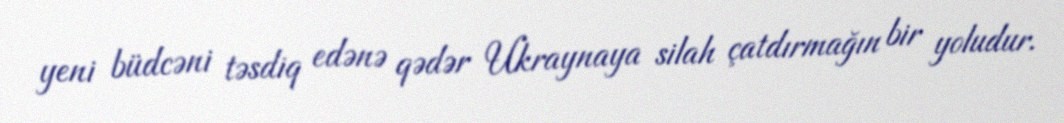
yeni büdcəni təsdiq edənə qədər Ukraynaya silah çatdırmağın bir yoludur.